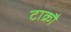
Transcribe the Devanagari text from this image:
टाक्रौ